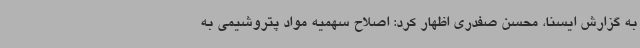
به گزارش ایسنا، محسن صفدری اظهار کرد: اصلاح سهمیه مواد پتروشیمی به